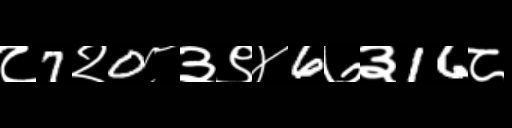
Text: ८7२0८३९४6७३16८